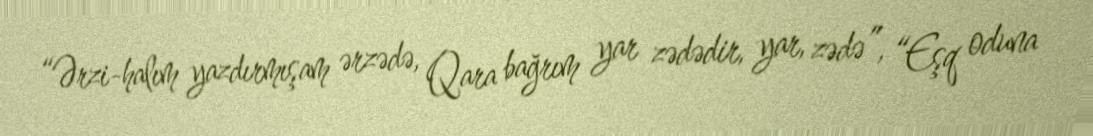
“Ərzi-halım yazdırmışam ərzədə, Qara bağrım yar zədədir, yar, zədə”, “Eşq oduna